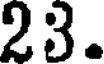
23.